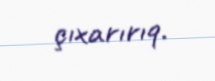
çıxarırıq.